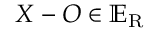
X - O \in \mathbb { E } _ { \mathrm { { R } } }